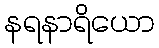
နရနာရိယော